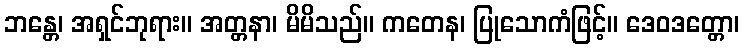
ဘန္တေ၊ အရှင်ဘုရား။ အတ္တနာ၊ မိမိသည်။ ကတေန၊ ပြုသောကံဖြင့်။ ဒေဝဒတ္တော၊